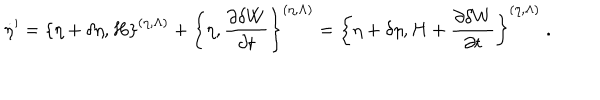
\dot { \eta } ^ { \prime } = \left\{ \eta + \delta \eta , H \right\} ^ { ( \eta , \Lambda ) } + \left\{ \eta , \frac { \partial \delta W } { \partial t } \right\} ^ { ( \eta , \Lambda ) } = \left\{ \eta + \delta \eta , H + \frac { \partial \delta W } { \partial t } \right\} ^ { ( \eta , \Lambda ) } \; .